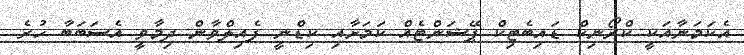
އެކަމަނާއަކީ ކްރޯނިކް ޑައިބެޓިކް ޕޭޝަންޓެއް ކަމަށާއި ކިޑްނީ ފެއިލްވާން ދިމާވީ އެސަބަބާ ހުރެ